system: You are a helpful assistant.
user:
Analyze the provided spectrum to determine if it is a **M-type Giant (gM)**.

A M-type Giant spectrum is defined by its **strong molecular absorption** features, particularly from **Titanium Oxide (TiO)**. You must check for one of the following mutually exclusive signatures:

- **Key Visual Indicators (Absorption-Dominated Spectrum):**

    - **(Primary):** The spectrum is dominated by strong molecular absorption from **Titanium Oxide (TiO)**. This is the **defining feature** of its M-type temperature class.
        - **(Key Bandheads):** Look for sharp, "saw-tooth" absorption valleys. The strongest are located near **~7050 Å**, **~6160 Å**, and **~5170 Å**.
        - **(Line Profile):** The "saw-tooth" morphology is critical: a **sharp, steep drop on the BLUE (short-wavelength) side** of the bandhead, followed by a gradual recovery (rising flux) towards the RED (long-wavelength) side.

    - **(Key Confirmation - Giant vs. Dwarf):** **ABSENCE** of strong **Calcium Hydride (CaH)** molecular bands. This is the primary diagnostic for *excluding* M-dwarfs.
        - **(Key Region):** The spectrum should lack the strong, broad absorption band seen in dwarfs between **~6800 Å and ~7000 Å**.

    - **(Secondary Confirmation - Giant):** A very strong and broad **Neutral Calcium (Ca I)** atomic absorption line.
        - **(Key Line):** Located at **~4226 Å**. In a giant (gM), this line is significantly deeper and broader than the same line in an M-dwarf (dM) due to low surface gravity.

    - **(Overall Spectrum):**
        - The continuum is **extremely red-sloping** (i.e., flux is very low in the blue and rises dramatically towards the red).
        - The entire spectrum appears "chopped up" by the deep TiO bands.

Think first, call **spectral_visualization_tool** if needed to examine features in detail, then provide your final answer. Your response must adhere to the following strict rules:
1.  **Overall Structure:** Your response must follow the format `<think>...</think> <tool_call>...</tool_call> (if a tool is used) <answer>...</answer>`.
2.  **Tool Usage Constraint:** You may only make **one** tool call per turn.
3.  **Final Answer Format:** In the `<answer>` tag, your conclusion must be inside a `\boxed{}` command (e.g., `\boxed{YES}` or `\boxed{NO}`), followed by your justification.

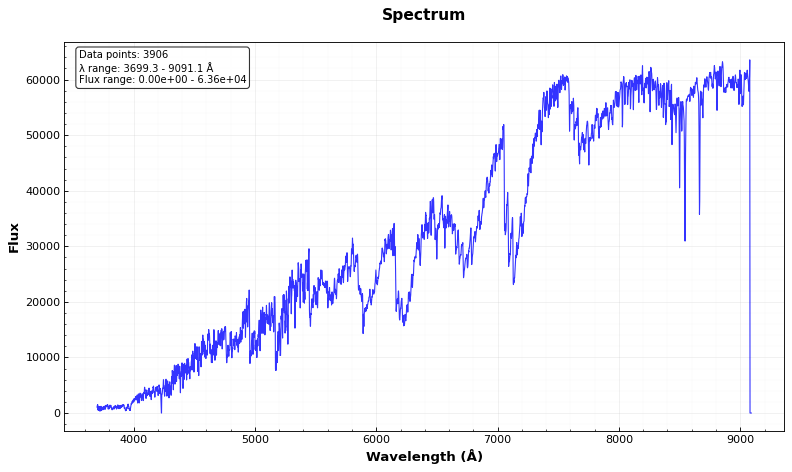
Answer: YES